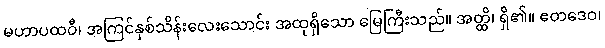
မဟာပထဝီ၊ အကြင်နှစ်သိန်းလေးသောင်း အထုရှိသော မြေကြီးသည်။ အတ္ထိ၊ ရှိ၏။ ဧတဒေဝ၊